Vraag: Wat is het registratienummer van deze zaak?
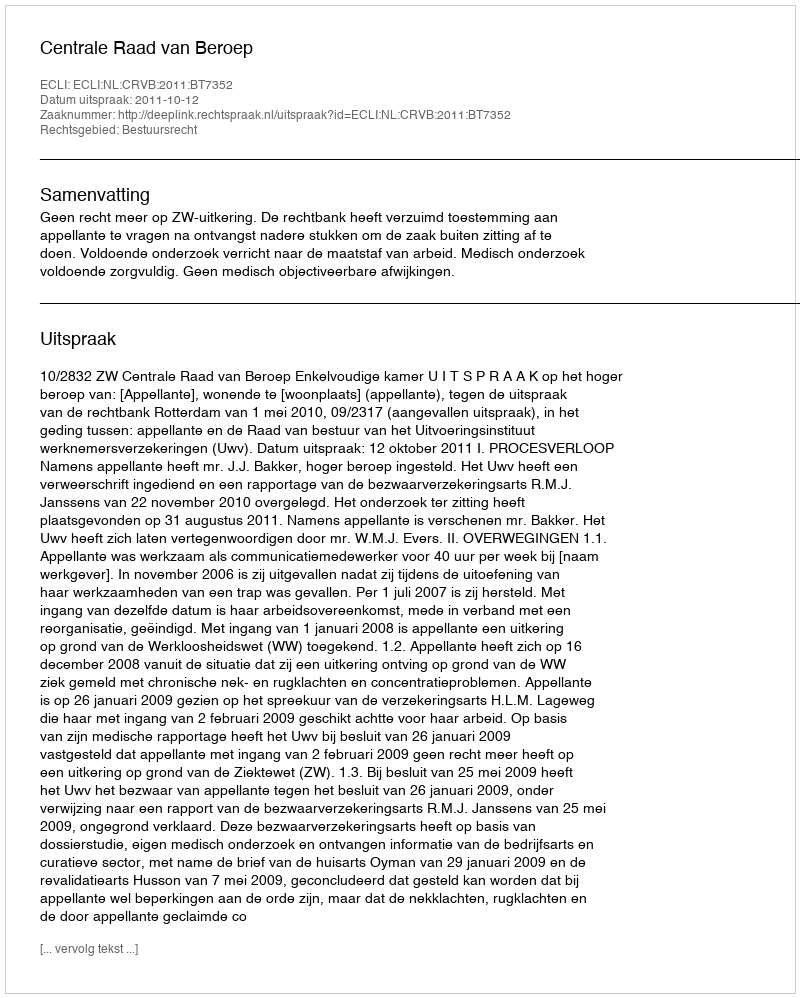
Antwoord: http://deeplink.rechtspraak.nl/uitspraak?id=ECLI:NL:CRVB:2011:BT7352